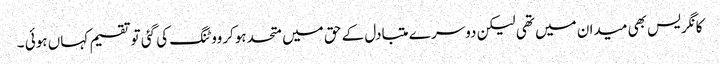
کانگریس بھی میدان میں تھی لیکن دوسر ے متبادل کے حق میں متحدہوکرووٹنگ کی گئی توتقسیم کہاں ہوئی ۔